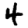
Digit: 4